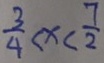
\frac { 3 } { 4 } < x < \frac { 7 } { 2 }